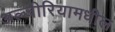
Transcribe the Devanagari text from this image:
अल्जीरियामधील